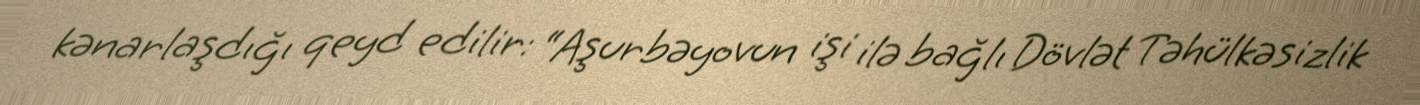
kənarlaşdığı qeyd edilir: “Aşurbəyovun işi ilə bağlı Dövlət Təhülkəsizlik